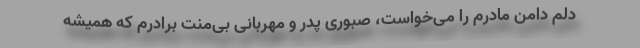
دلم دامن مادرم را می‌خواست، صبوری پدر و مهربانی بی‌منت برادرم که همیشه